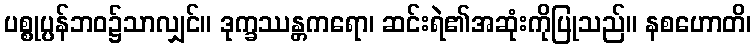
ပစ္စုပ္ပန်ဘဝ၌သာလျှင်။ ဒုက္ခဿန္တကရော၊ ဆင်းရဲ၏အဆုံးကိုပြုသည်။ နစဟောတိ၊